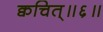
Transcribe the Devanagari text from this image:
क्वचित्॥६॥